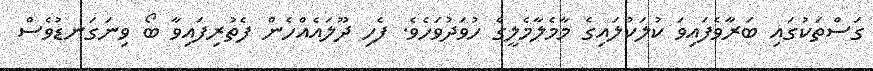
ގަސްތަކުގައި ބަރާވެފައިވަ ކުލަކުލައިގެ މާމެލާމެލީގެ ހުވަދުވަހެވެ. ފެހި ދޫލައެއްހެން ފެތުރިފައިވާ ބޯ ވިނަގަނޑުވެސް